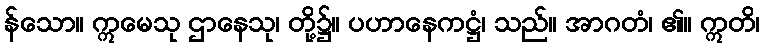
န်သော။ ဣမေသု ဌာနေသု၊ တို့၌။ ပဟာနေကဋ္ဌံ၊ သည်။ အာဂတံ၊ ၏။ ဣတိ၊